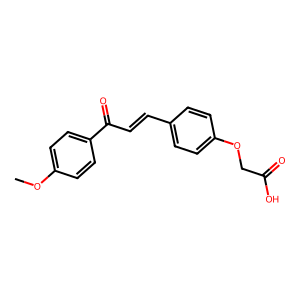
SMILES: COc1ccc(C(=O)C=Cc2ccc(OCC(=O)O)cc2)cc1
Inhibits HIV replication: No